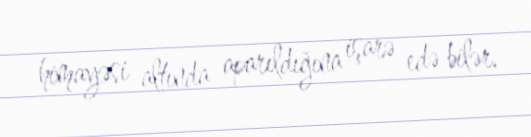
himayəsi altında aparıldığına işarə edə bilər.